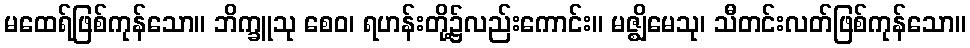
မထေရ်ဖြစ်ကုန်သော။ ဘိက္ခူသု စေဝ၊ ရဟန်းတို့၌လည်းကောင်း။ မဇ္ဈိမေသု၊ သီတင်းလတ်ဖြစ်ကုန်သော။